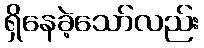
ရှိနေခဲ့သော်လည်း